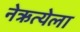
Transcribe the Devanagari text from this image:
नेऋत्येला